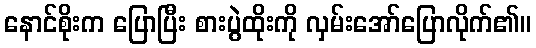
နောင်စိုးက ပြောပြီး စားပွဲထိုးကို လှမ်းအော်ပြောလိုက်၏။